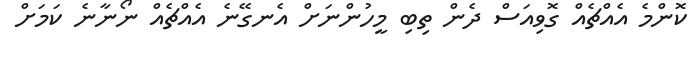
ކޮންމެ އެއްޗެއް ގޮވިއަސް ދެން ތިބި މީހުންނަށް އެނގޭނެ އެއްޗެއް ނޯނާނެ ކަމަށް